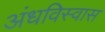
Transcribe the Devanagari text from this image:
अंधविस्वास